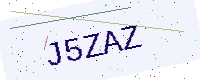
Text: J5ZAZ